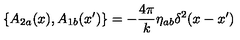
\{ A _ { 2 a } ( x ) , A _ { 1 b } ( x ^ { \prime } ) \} = - \frac { 4 \pi } { k } \eta _ { a b } \delta ^ { 2 } ( x - x ^ { \prime } )